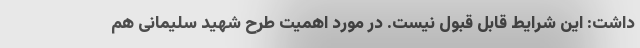
داشت: این شرایط قابل قبول نیست. در مورد اهمیت طرح شهید سلیمانی هم